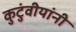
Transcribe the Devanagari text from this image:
कुटुंवीयांनी